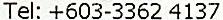
TEL: +603-3362 4137